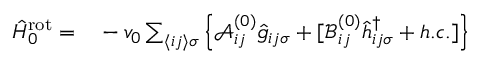
\begin{array} { r l } { \hat { H } _ { 0 } ^ { \mathrm { r o t } } = } & { { } - v _ { 0 } \sum _ { \langle i j \rangle \sigma } \left\{ \mathcal { A } _ { i j } ^ { ( 0 ) } \hat { g } _ { i j \sigma } + [ \mathcal { B } _ { i j } ^ { ( 0 ) } \hat { h } _ { i j \sigma } ^ { \dagger } + h . c . ] \right\} } \end{array}